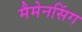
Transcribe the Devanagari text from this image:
मैमेनसिंग